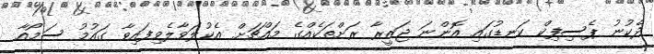
ދެކުނު ޕެސިފިކް ކަނޑުގައި އޮންނަ ޖަޒީރާ ރަށްތަކެއްގެ މައްޗަށް އެކުލަވާލެވިފައިވާ ގައުމު ސަމޯއާ